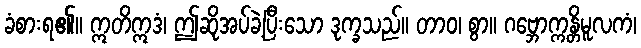
ခံစားရ၏။ ဣတိဣဒံ၊ ဤဆိုအပ်ခဲ့ပြီးသော ဒုက္ခသည်။ တာဝ၊ စွာ။ ဂဗ္ဘောက္ကန္တိမူလကံ၊